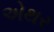
એથર